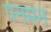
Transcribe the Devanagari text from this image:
पनमन